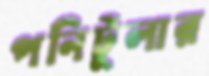
পনিটুলার